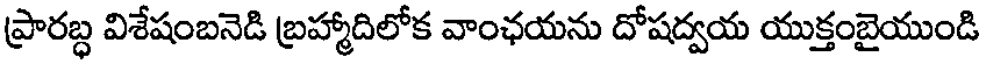
ప్రారబ్ధ విశేషంబనెడి బ్రహ్మాదిలోక వాంఛయను దోషద్వయ యుక్తంబైయుండి